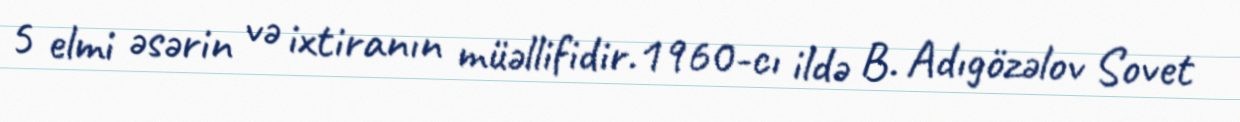
5 elmi əsərin və ixtiranın müəllifidir.1960-cı ildə B. Adıgözəlov Sovet